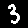
Digit: 3